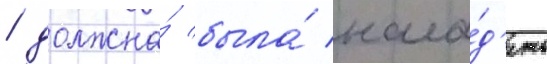
/ должна́ была́ нала́д'ить